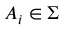
A _ { i } \in \Sigma